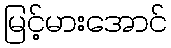
မြင့်မားအောင်